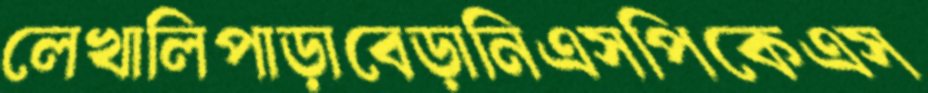
লেখালিপাড়াবেড়ানিএসপিকেএস